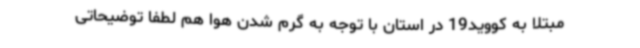
مبتلا به کووید19 در استان با توجه به گرم شدن هوا هم لطفاً توضیحاتی